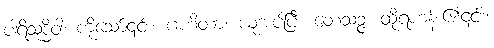
ပါရိသုဒ္ဓိဝါ၊ ကိုသော်၎င်း။ ဂဟိတာ၊ ယူအပ်ပြီ။ တေသဉ္ဇ၊ ထိုရဟန်း၏၎င်း။